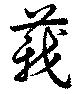
莪